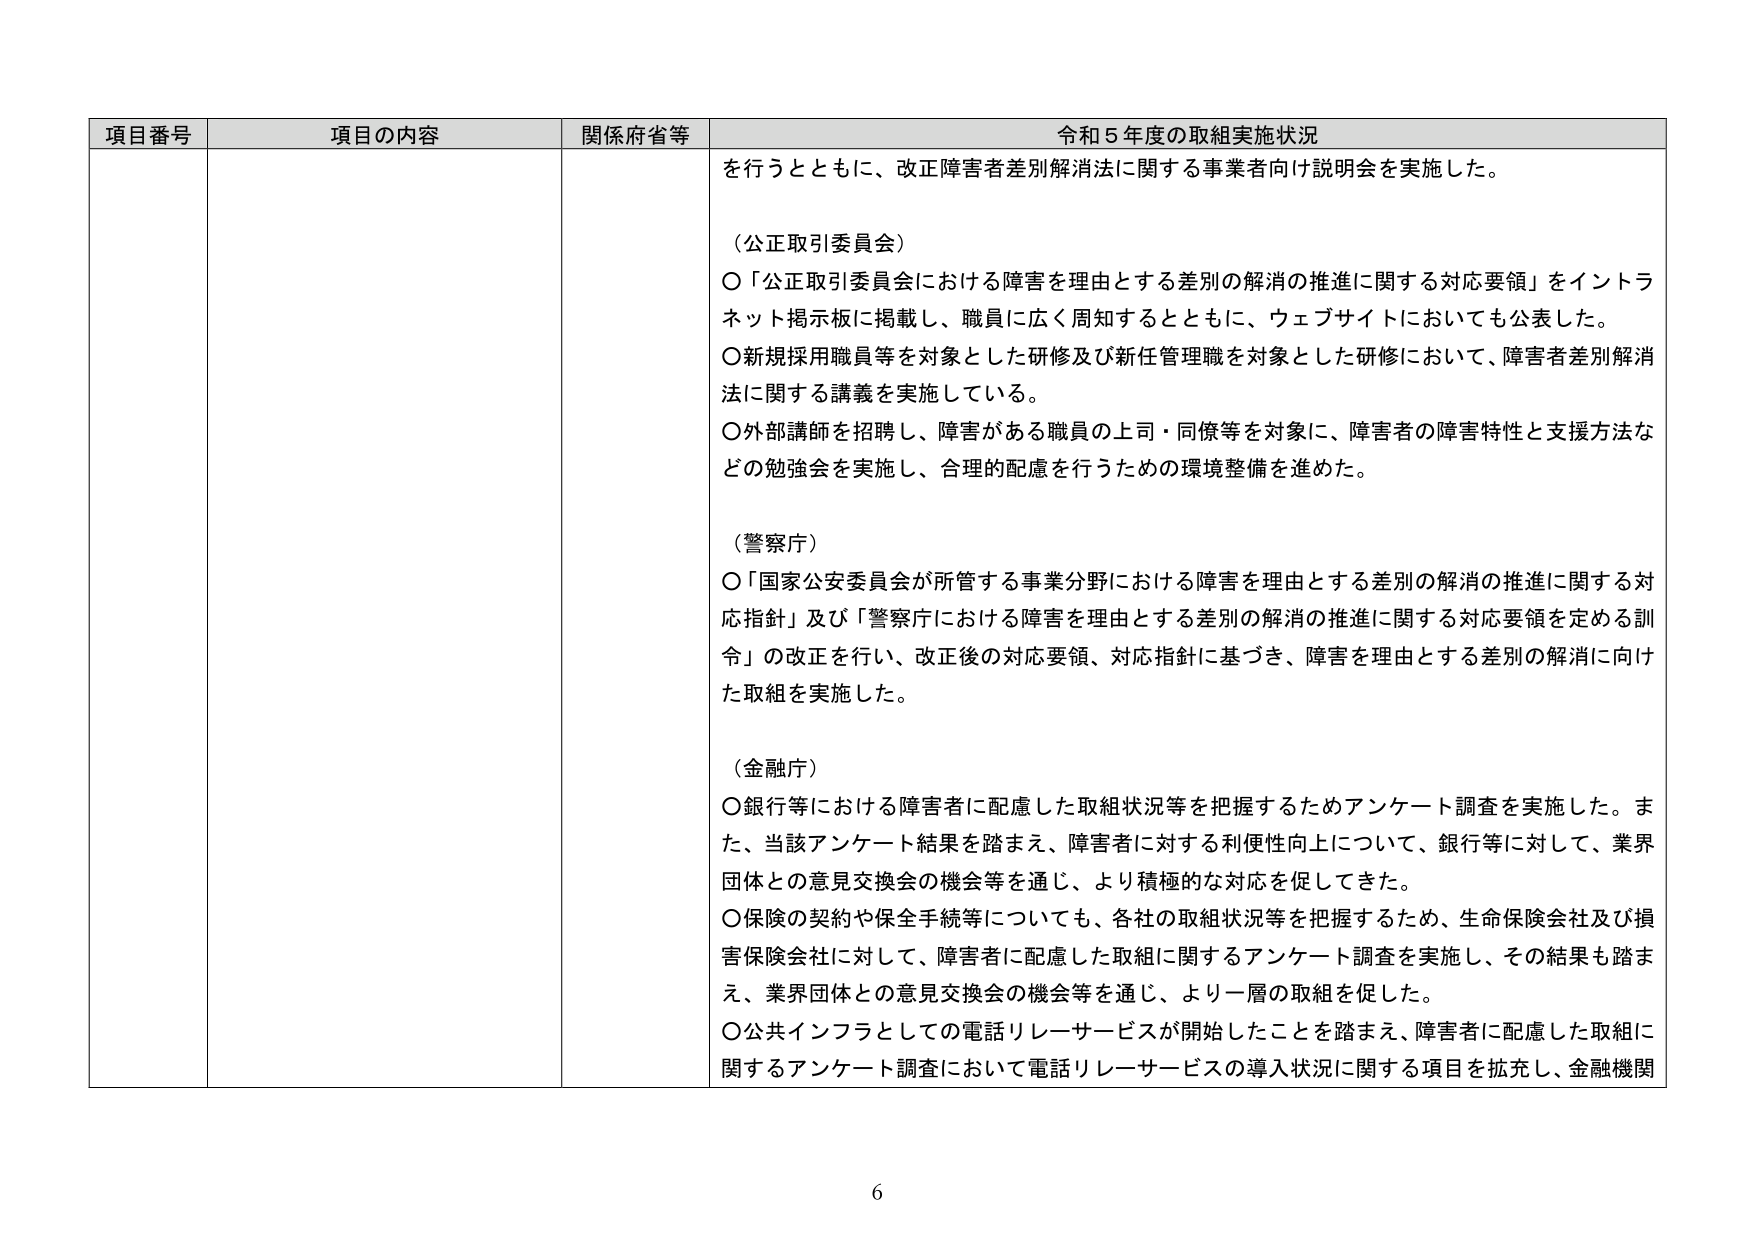
項目番号 項目の内容 関係府省等 令和５年度の取組実施状況
を行うとともに、改正障害者差別解消法に関する事業者向け説明会を実施した。
（公正取引委員会）
〇「公正取引委員会における障害を理由とする差別の解消の推進に関する対応要領」をインターネット掲示板に掲載し、職員に広く周知するとともに、ウェブサイトにおいても公表した。
〇新規採用職員等を対象とした研修及び新任管理職を対象とした研修において、障害者差別解消法に関する講義を実施している。
〇外部講師を招聘し、障害がある職員の上司・同僚等を対象に、障害者の障害特性と支援方法などの勉強会を実施し、合理的配慮を行うための環境整備を進めた。
（警察庁）
〇「国家公安委員会が所管する事業分野における障害を理由とする差別の解消の推進に関する対応指針」及び「警察庁における障害を理由とする差別の解消の推進に関する対応要領を定める訓令」の改正を行い、改正後の対応要領、対応指針に基づき、障害を理由とする差別の解消に向けた取組を実施した。
（金融庁）
〇銀行等における障害者に配慮した取組状況等を把握するためアンケート調査を実施した。また、当該アンケート結果を踏まえ、障害者に対する利便性向上について、銀行等に対して、業界団体との意見交換会の機会等を通じ、より積極的な対応を促してきた。
〇保険の契約や保全手続等についても、各社の取組状況等を把握するため、生命保険会社及び損害保険会社に対して、障害者に配慮した取組に関するアンケート調査を実施し、その結果も踏まえ、業界団体との意見交換会の機会等を通じ、より一層の取組を促した。
〇公共インフラとしての電話リレーサービスが開始したことを踏まえ、障害者に配慮した取組に関するアンケート調査において電話リレーサービスの導入状況に関する項目を拡充し、金融機関
6